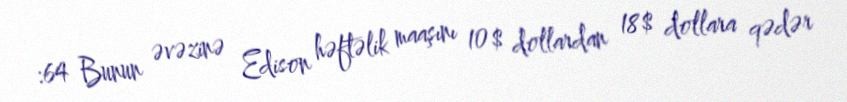
:64 Bunun əvəzinə Edison həftəlik maaşını 10$ dollardan 18$ dollara qədər